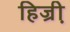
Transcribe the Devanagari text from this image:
हिज्री़